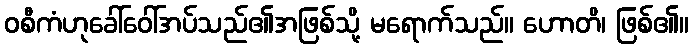
ဝစီကံဟုခေါ်ဝေါ်အပ်သည်၏အဖြစ်သို့ မရောက်သည်။ ဟောတိ၊ ဖြစ်၏။